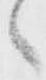
々